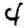
Digit: 4